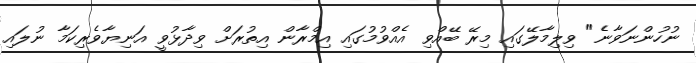
ނުހުންނަވާނެ" ވިލިމާލޭގައި މިރޭ ބޭއްވި އެއްވުމުގައި އިމްރާން އިތުރަށް ވިދާޅުވީ އަނިޔާވެރިކަމާ ނުލައި